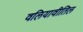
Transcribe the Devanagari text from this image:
वलियावीतिल